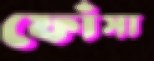
ফোঁসা